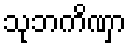
သုဘကိဏှာ